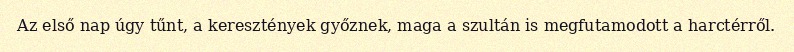
Az első nap úgy tűnt, a keresztények győznek, maga a szultán is megfutamodott a harctérről.